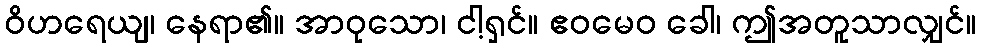
ဝိဟရေယျ၊ နေရာ၏။ အာဝုသော၊ ငါ့ရှင်။ ဧဝမေဝ ခေါ၊ ဤအတူသာလျှင်။